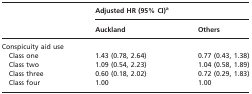
| <ROWSPAN=2>  | <COLSPAN=2> Adjusted HR (95% CI)a |
 | Auckland | Others |
 | --- | --- | --- |
 | <COLSPAN=3> Conspicuity aid use |
 | Class one | 1.43 (0.78, 2.64) | 0.77 (0.43, 1.38) |
 | Class two | 1.09 (0.54, 2.23) | 1.04 (0.58, 1.89) |
 | Class three | 0.60 (0.18, 2.02) | 0.72 (0.29, 1.83) |
 | Class four | 1.00 | 1.00 |